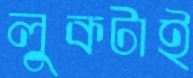
লুকটাই